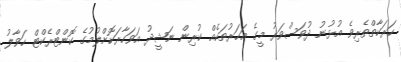
ހަރަކާތްތެރިވެ އުޅުނު ދުވަސްވަރު މީގެ އަހަރުތަކެއް ކުރިން ނަޝީދު އަވަހާރަކޮށްލުމުގެ ކޮންޓްރެކްޓް ހަވާލު